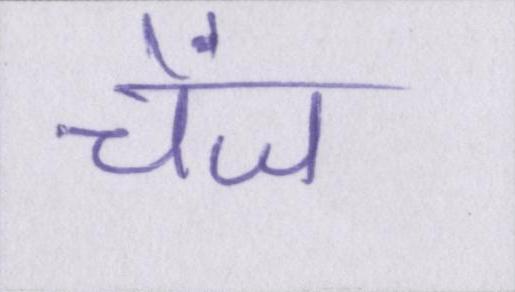
चेंज